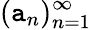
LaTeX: (\mathtt{a}_{n})_{n=1}^{\infty}